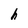
Character: h